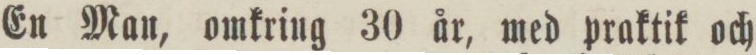
En Man, omkring 30 år, med praktik och